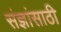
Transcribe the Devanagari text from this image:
संज्ञांसाठी